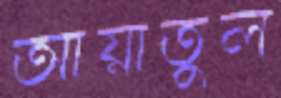
আয়াতুল